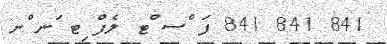
841 841 841 ފަ ްސ ްޓ ލެފް ިޓ ަނ ްނ